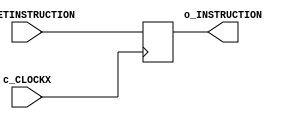

module InstructionReg (
    input c_CLOCKX,
    input [15:0] i_SETINSTRUCTION,
    output wire [15:0] o_INSTRUCTION
);

reg [15:0] instruction;

initial begin
    instruction = 0;
end

assign o_INSTRUCTION = instruction;

always @(negedge c_CLOCKX) begin
    instruction <= i_SETINSTRUCTION;
end

endmodule